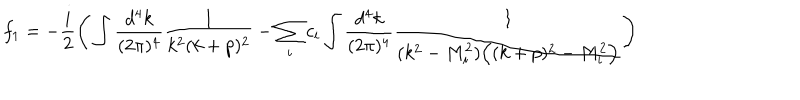
f _ { 1 } = - \frac { i } { 2 } \Bigg ( \int \frac { d ^ { 4 } k } { ( 2 \pi ) ^ { 4 } } \frac { 1 } { k ^ { 2 } ( k + p ) ^ { 2 } } - \sum _ { i } c _ { i } \int \frac { d ^ { 4 } k } { ( 2 \pi ) ^ { 4 } } \frac { 1 } { ( k ^ { 2 } - M _ { i } ^ { 2 } ) \Big ( ( k + p ) ^ { 2 } - M _ { i } ^ { 2 } \Big ) } \Bigg )